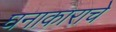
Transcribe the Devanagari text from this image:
घनाकाराचे